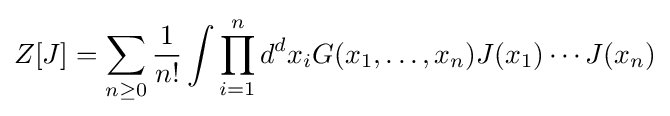
Z[J]=\sum _{n\geq 0}{\frac {1}{n!}}\int \prod _{i=1}^{n}d^{d}x_{i}G(x_{1},\dots ,x_{n})J(x_{1})\cdots J(x_{n})